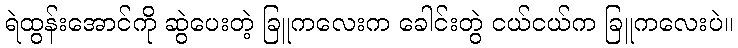
ရဲထွန်းအောင်ကို ဆွဲပေးတဲ့ ခြူကလေးက ခေါင်းတွဲ ငယ်ငယ်က ခြူကလေးပဲ။